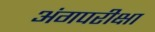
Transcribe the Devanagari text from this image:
अंगपरीक्षा